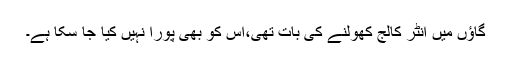
گاؤں میں انٹر کالج کھولنے کی بات تھی،اس کو بھی پورا نہیں کیا جا سکا ہے۔